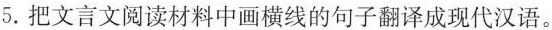
5.把文言文阅读材料中画横线的句子翻译成现代汉语。